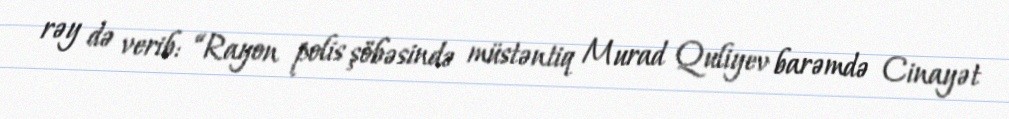
rəy də verib: “Rayon polis şöbəsində müstəntiq Murad Quliyev barəmdə Cinayət